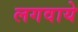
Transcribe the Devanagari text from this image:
लगवाये